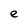
Character: e